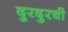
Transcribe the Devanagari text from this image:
दुरदुरची